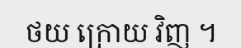
ថយ ក្រោយ វិញ ។